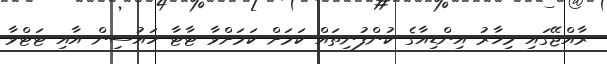
ރާއްޖޭގައި މިހާރު އިންޑިއާގެ ކުންފުނިތައް ކަމަށް ކަމަށްވާ ޓާޓާ ހައުސިން އާއި ޓަޓްވާ